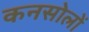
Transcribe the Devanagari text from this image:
कनसोलों